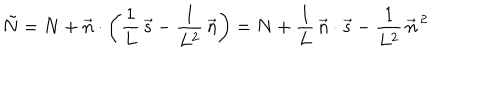
\tilde { N } = N + \vec { n } \cdot \left( \frac { 1 } { L } \, \vec { s } - \frac { 1 } { L ^ { 2 } } \, \vec { n } \right) = N + \frac { 1 } { L } \, \vec { n } \cdot \vec { s } - \frac { 1 } { L ^ { 2 } } \, { \vec { n } } ^ { \, 2 }